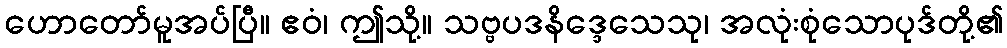
ဟောတော်မူအပ်ပြီ။ ဧဝံ၊ ဤသို့။ သဗ္ဗပဒနိဒ္ဒေသေသု၊ အလုံးစုံသောပုဒ်တို့၏